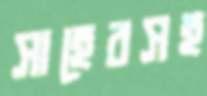
সাহেবসহ